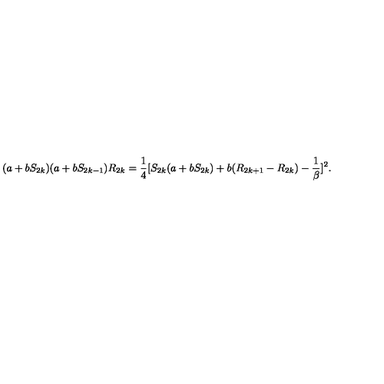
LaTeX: ( a + b S _ { 2 k } ) ( a + b S _ { 2 k - 1 } ) R _ { 2 k } = { \frac { 1 } { 4 } } [ S _ { 2 k } ( a + b S _ { 2 k } ) + b ( R _ { 2 k + 1 } - R _ { 2 k } ) - { \frac { 1 } { \beta } } ] ^ { 2 } .